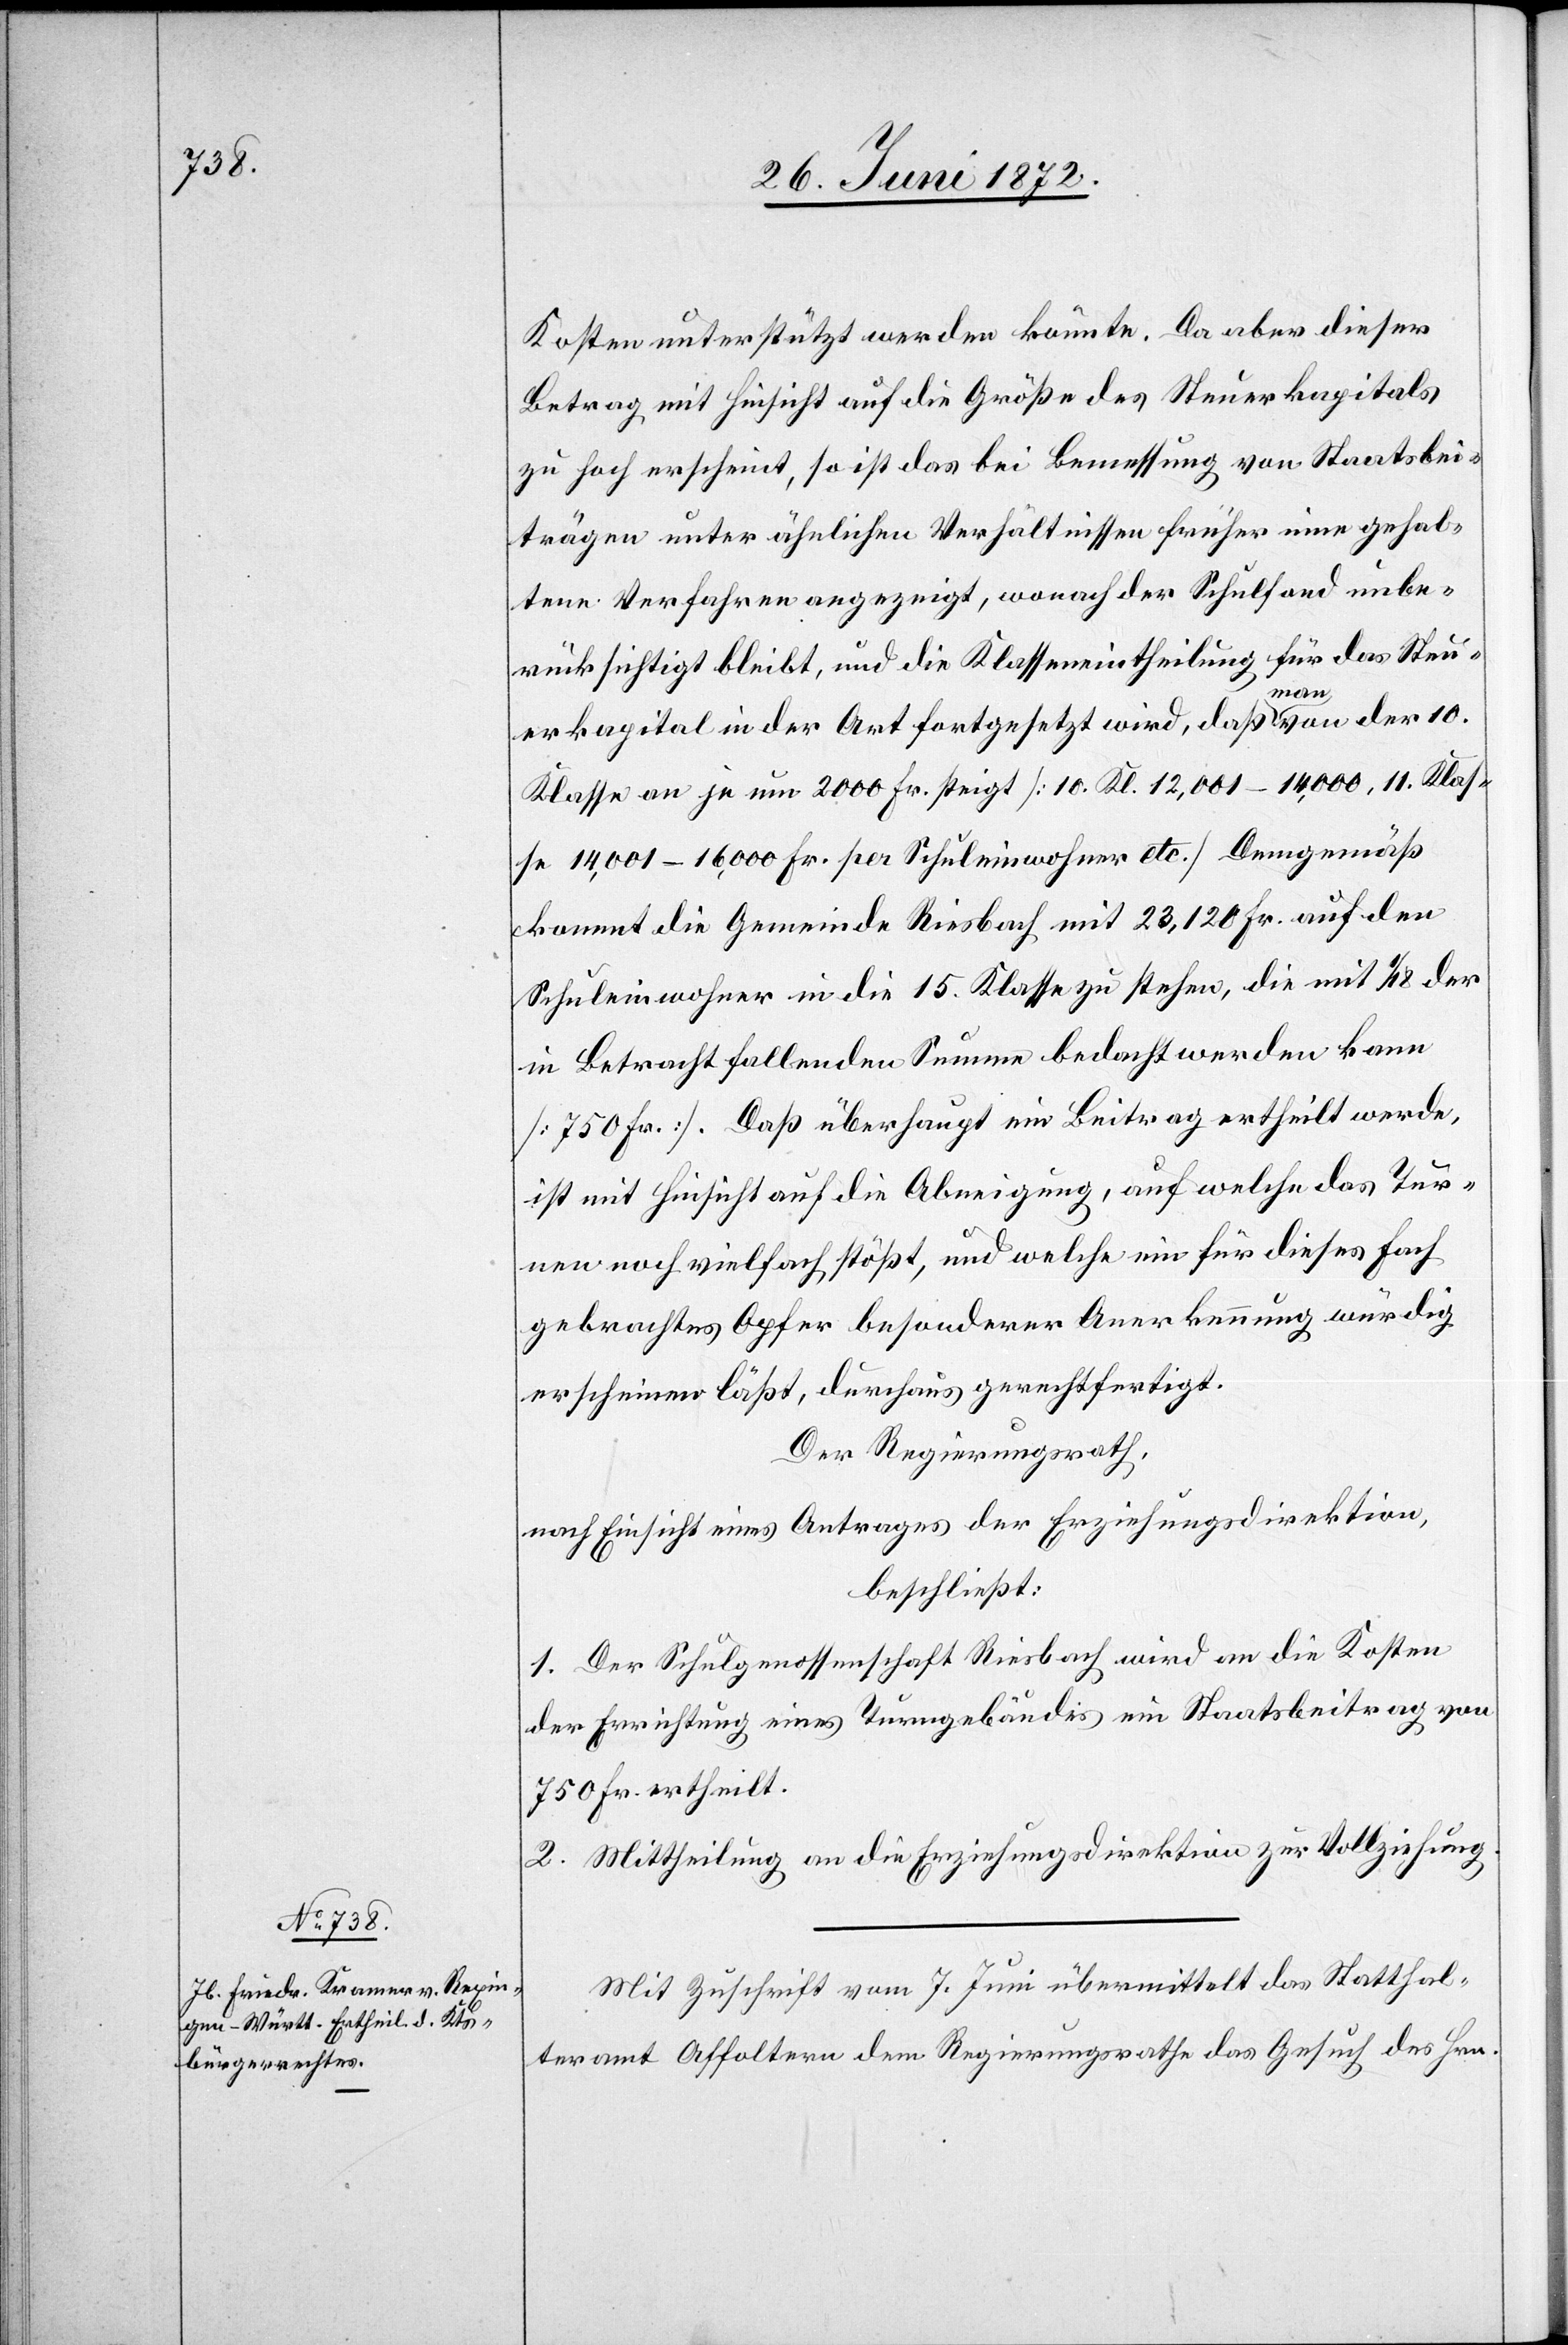
Mit Zuschrift vom 7. Juni übermittelt das Statthal¬
teramt Affoltern dem Regierungsrathe das Gesuch des Hrn.